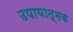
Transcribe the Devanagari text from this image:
उपायात्मक